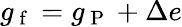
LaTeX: g_{\mathrm{~f~}}=g_{\mathrm{~P~}}+\Delta e